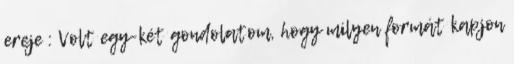
ereje : Volt egy-két gondolatom, hogy milyen formát kapjon